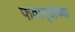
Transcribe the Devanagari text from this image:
फवार्‍यांच्या